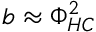
b \approx \Phi _ { H C } ^ { 2 }